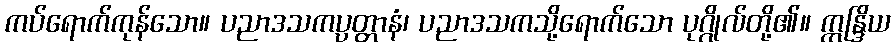
ကပ်ရောက်ကုန်သော။ ပညာဒသကပ္ပတ္တာနံ၊ ပညာဒသကသို့ရောက်သော ပုဂ္ဂိုလ်တို့၏။ ဣန္ဒြိယ